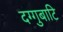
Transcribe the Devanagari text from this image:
दग्गुबाटि